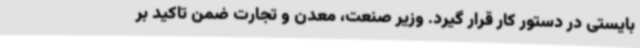
بایستی در دستور کار قرار گیرد. وزیر صنعت، معدن و تجارت ضمن تاکید بر